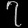
Digit: ၇